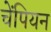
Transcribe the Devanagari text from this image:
चेंपियन